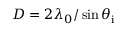
D = 2 \lambda _ { 0 } / \sin { \theta _ { \mathrm { i } } }